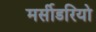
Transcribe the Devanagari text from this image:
मर्सीडरियो